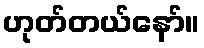
ဟုတ်တယ်နော်။